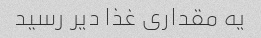
یه مقداری غذا دیر رسید